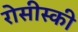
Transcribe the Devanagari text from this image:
रोसीस्की